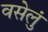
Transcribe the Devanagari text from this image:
वसेलुं